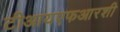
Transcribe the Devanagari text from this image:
टीआयएफआरशी